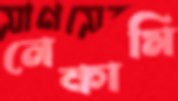
নেকামি